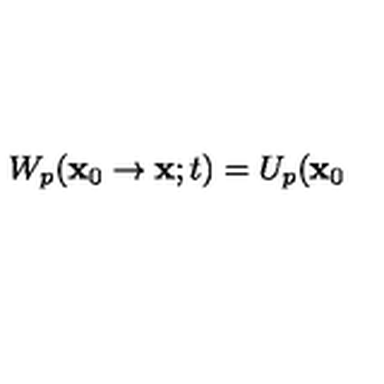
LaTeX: W _ { p } ( \mathbf { x } _ { 0 } \rightarrow \mathbf { x } ; t ) = U _ { p } ( \mathbf { x } _ { 0 }